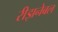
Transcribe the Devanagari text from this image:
रीझनेबल